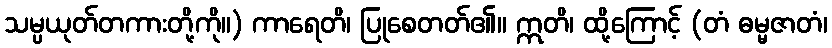
သမ္ပယုတ်တကားတို့ကို။) ကာရေတိ၊ ပြုစေတတ်၏။ ဣတိ၊ ထို့ကြောင့် (တံ ဓမ္မဇာတံ၊